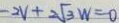
- 2 V + 2 \sqrt { 3 } W = 0